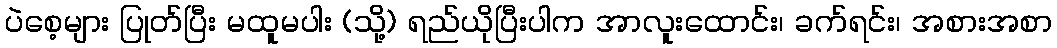
ပဲစေ့များ ပြုတ်ပြီး မထူမပါး (သို့) ရည်ယိုပြီးပါက အာလူးထောင်း၊ ခက်ရင်း၊ အစားအစာ